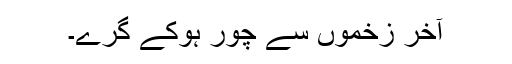
آخر زخموں سے چور ہوکے گرے۔